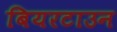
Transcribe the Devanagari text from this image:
बियरटाउन